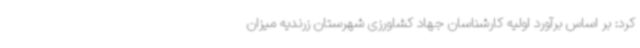
کرد: بر اساس برآورد اولیه کارشناسان جهاد کشاورزی شهرستان زرندیه میزان